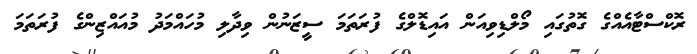
ރޮކްސްޓާއެއްގެ ގޮތުގައި މޯލްޑިވިއަން އައިޑޮލްގެ ފުރަތަމަ ސީޒަނުން ވިދާލި މުހައްމަދު މުއައްޒިންގެ ފުރަތަމަ